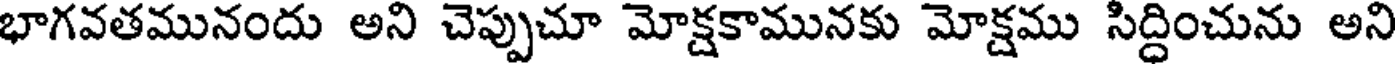
భాగవతమునందు అని చెప్పుచూ మోక్షకామునకు మోక్షము సిద్ధించును అని